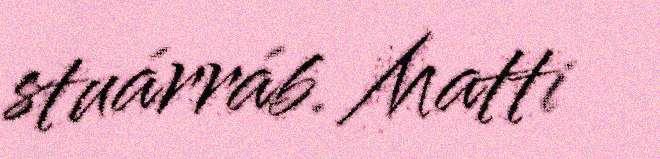
stuárráb. Matti